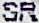
SR